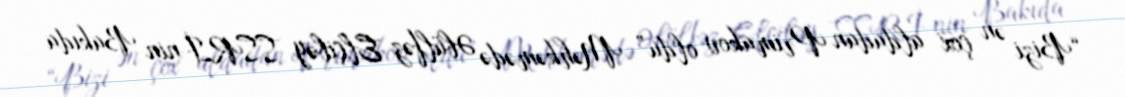
“Bizi ən çox aldadan Primakov oldu” Məhkəmədə Əbülfəz Elçibəy SSRİ-nin Bakıda